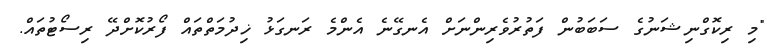
"މި ރިކޮގްނިޝަނުގެ ސަބަބުން ފަތުރުވެރިންނަށް އެނގޭނެ އެންމެ ރަނގަޅު ޚިދުމަތްތައް ފޯރުކޮށްދޭ ރިސޯޓުތައް.